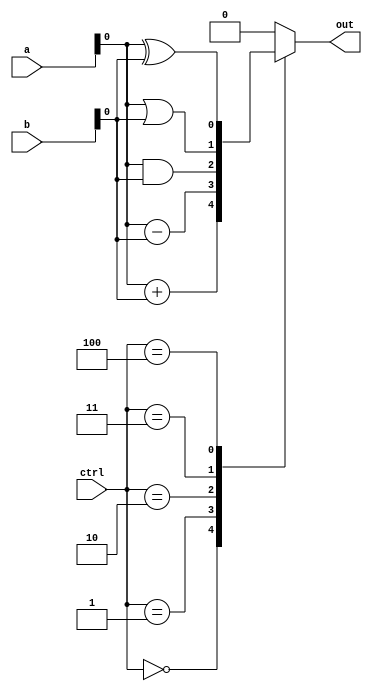
module ALU_1bit (
    input [1:0] a,
    input [1:0] b,
    input [3:0] ctrl,
    output reg out
);

always @ (*)
begin
    case (ctrl)
        0: out = a + b; // Addition
        1: out = a - b; // Subtraction
        2: out = a & b; // Bitwise AND
        3: out = a | b; // Bitwise OR
        4: out = a ^ b; // Bitwise XOR
        default: out = 1'b0; // Default output
    endcase
end

endmodule